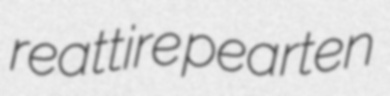
reattire pearten